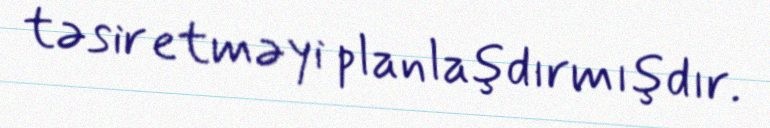
təsir etməyi planlaşdırmışdır.